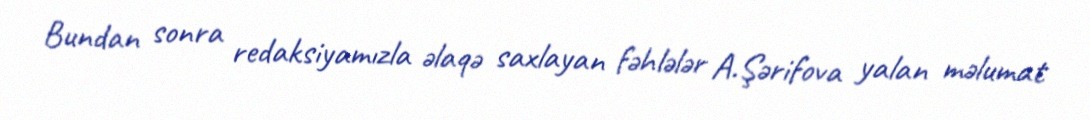
Bundan sonra redaksiyamızla əlaqə saxlayan fəhlələr A.Şərifova yalan məlumat